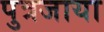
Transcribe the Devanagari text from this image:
पुत्रजाया